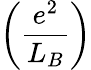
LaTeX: \left({\frac{e^{2}}{L_{B}}}\right)